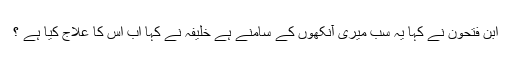
ابن فتحون نے کہا یہ سب میری آنکھوں کے سامنے ہے خلیفہ نے کہا اب اس کا علاج کیا ہے ؟